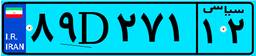
۸۹D۲۷۱۱۲